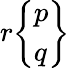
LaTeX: r{\left\{ \begin{array}{l}{p}\\ {q}\end{array}\right\} }